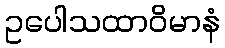
ဥပေါသထာဝိမာနံ